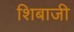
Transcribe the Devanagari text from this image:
शिबाजी